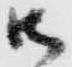
御